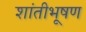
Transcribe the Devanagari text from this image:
शांतीभूषण